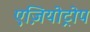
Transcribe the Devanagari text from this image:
एज़ियोट्रोप